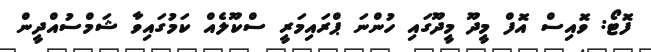
ފޮޓޯ: ވޮއިސް އޮފް މީދޫ މީދޫގައި ހުންނަ ޕްރައިމަރީ ސްކޫލެއް ކަމުގައިވާ ޝަމްސުއްދީން